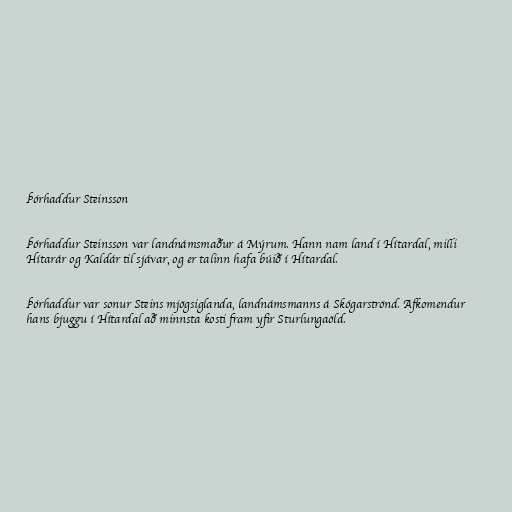
Þórhaddur Steinsson

Þórhaddur Steinsson var landnámsmaður á Mýrum. Hann nam land í Hítardal, milli
Hítarár og Kaldár til sjávar, og er talinn hafa búið í Hítardal.

Þórhaddur var sonur Steins mjögsiglanda, landnámsmanns á Skógarströnd. Afkomendur
hans bjuggu í Hítardal að minnsta kosti fram yfir Sturlungaöld.